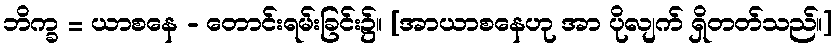
ဘိက္ခ = ယာစနေ - တောင်းရမ်းခြင်း၌။ [အာယာစနေဟု အာ ပိုလျက် ရှိတတ်သည်။]